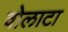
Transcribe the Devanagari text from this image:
वोलाटा